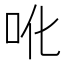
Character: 吪